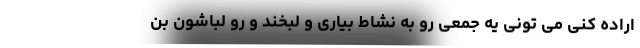
اراده کنی می تونی یه جمعی رو به نشاط بیاری و لبخند و رو لباشون بن